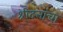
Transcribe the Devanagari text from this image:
श्रीदत्तांचा